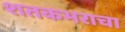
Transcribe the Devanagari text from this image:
शतकभराचा